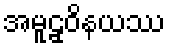
အမူဠှဝိနယဿ